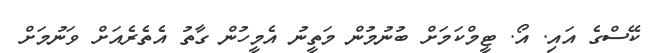
ކޭސްގެ އައި. އޯ. ޓީމްކަމަށް ބުނުމުން މަތީނު އެމީހުން ގާތު އެތެރެއަށް ވަނުމަށް